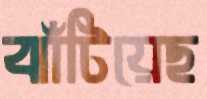
ঝাঁটিয়েছ